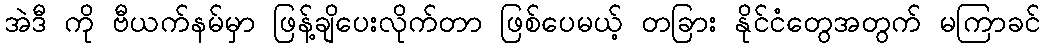
အဲဒီ ကို ဗီယက်နမ်မှာ ဖြန့်ချိပေးလိုက်တာ ဖြစ်ပေမယ့် တခြား နိုင်ငံတွေအတွက် မကြာခင်